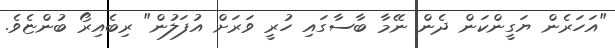
"އަހަރެން ޔަގީންކަން ދެން ނޭމާ ބާސާގައި ހުރީ ވަރަށް އުފަލުން" ރިބެއިރޯ ބުންޏެވެ.